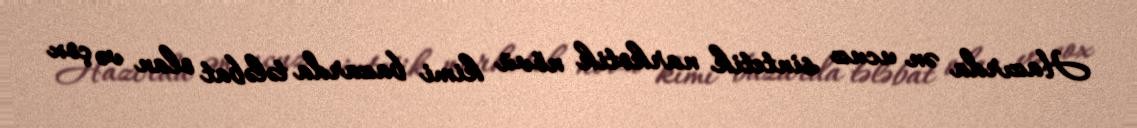
Hazırda ən ucuz sintetik narkotik növü kimi bazarda tələbat olan və çox